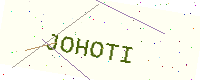
Text: JOHOTI